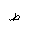
Letter: _da